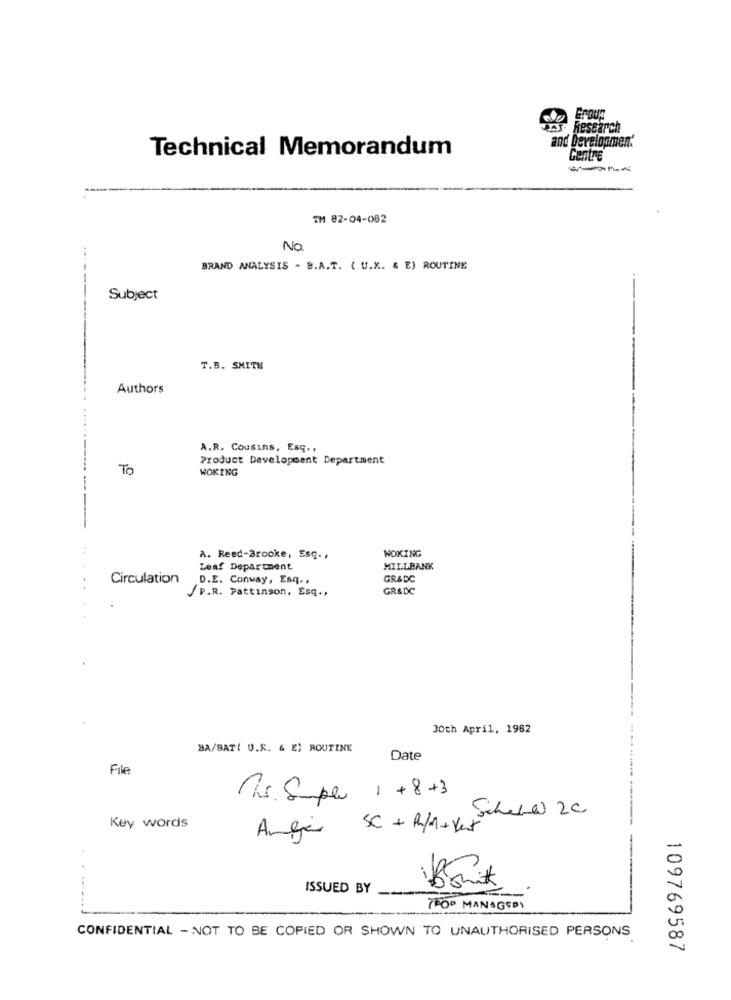
and Development.
Technical Memorandum
Centre
TM 82-04-082
No
BRAND ANALYSIS - B.A.T. ( U.X. & E) ROUTINE
--
Subject
T.B. SMITH
Authors
A.R. Cousins, Esq .,
Product Development Department
To
WOKING
--
WOKING
A. Reed-Brooke, Esq .,
Leaf Department
MILLBANK
Circulation
D.E. Conway, Esq ..
GR&DC
..
P.R. Pattinson, Esq .,
GRADC
30th April, 1982
BA/BAT( U.R. & E) ROUTINE
Date
File
15.5 plu 1 + 8+3
Schere 20
Key words
Angir SC + R/1+Vat
ISSUED BY
7FOR MANAGEDY
CONFIDENTIAL - NOT TO BE COPIED OR SHOWN TO UNAUTHORISED PERSONS
109769587